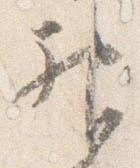
神